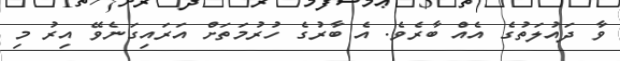
ވާ ދައުލަތުގެ އެއް ބާރެވެ. އެ ބާރުގެ ހުރުމަތަށް އަރައިގަނެވޭ އިރު މި